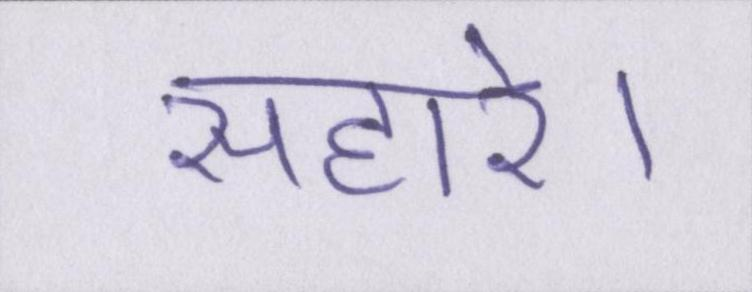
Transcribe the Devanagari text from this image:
सहारे।